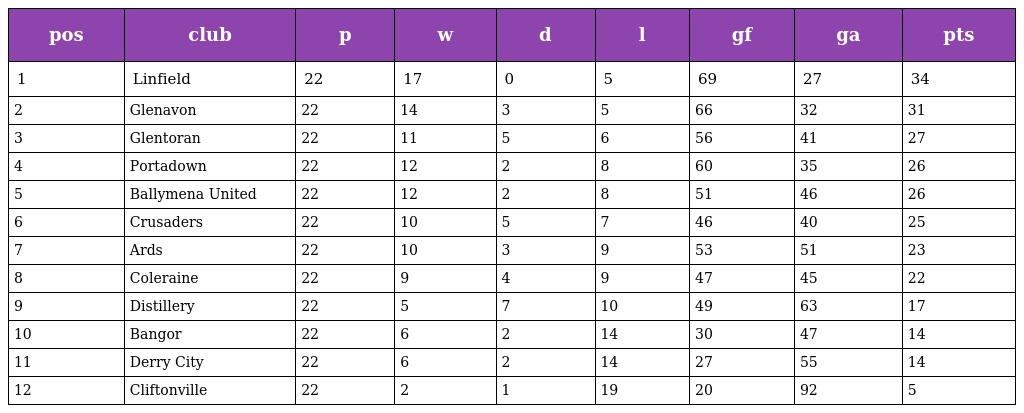
| pos | club | p | w | d | l | gf | ga | pts |
 | --- | --- | --- | --- | --- | --- | --- | --- | --- |
 | 1 | Linfield | 22 | 17 | 0 | 5 | 69 | 27 | 34 |
 | 2 | Glenavon | 22 | 14 | 3 | 5 | 66 | 32 | 31 |
 | 3 | Glentoran | 22 | 11 | 5 | 6 | 56 | 41 | 27 |
 | 4 | Portadown | 22 | 12 | 2 | 8 | 60 | 35 | 26 |
 | 5 | Ballymena United | 22 | 12 | 2 | 8 | 51 | 46 | 26 |
 | 6 | Crusaders | 22 | 10 | 5 | 7 | 46 | 40 | 25 |
 | 7 | Ards | 22 | 10 | 3 | 9 | 53 | 51 | 23 |
 | 8 | Coleraine | 22 | 9 | 4 | 9 | 47 | 45 | 22 |
 | 9 | Distillery | 22 | 5 | 7 | 10 | 49 | 63 | 17 |
 | 10 | Bangor | 22 | 6 | 2 | 14 | 30 | 47 | 14 |
 | 11 | Derry City | 22 | 6 | 2 | 14 | 27 | 55 | 14 |
 | 12 | Cliftonville | 22 | 2 | 1 | 19 | 20 | 92 | 5 |